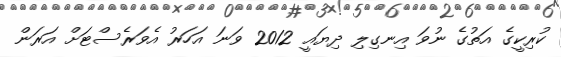
ކުރިކީގެ އަތުގެ ނުވަ އިނގިލި ދިޔައީ 2012 ވަނަ އަހަރު އެވަރެސްޓަށް އަރަން